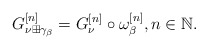
\begin{align*}G_{\nu\boxplus\gamma_\beta}^{[n]}=G_{\nu}^{[n]}\circ\omega_\beta^{[n]},n\in\mathbb N.\end{align*}